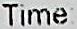
TIME: